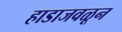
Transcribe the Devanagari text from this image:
हाडाजवळून